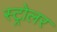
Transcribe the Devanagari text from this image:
स्ट्रोलर